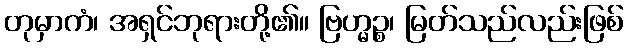
တုမှာကံ၊ အရှင်ဘုရားတို့၏။ ဗြဟ္မဉ္စ၊ မြတ်သည်လည်းဖြစ်